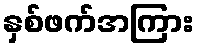
နှစ်ဖက်အကြား